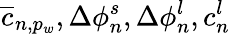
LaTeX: \overline{{c}}_{n,p_{w}},\Delta\phi_{n}^{s},\Delta\phi_{n}^{l},c_{n}^{l}